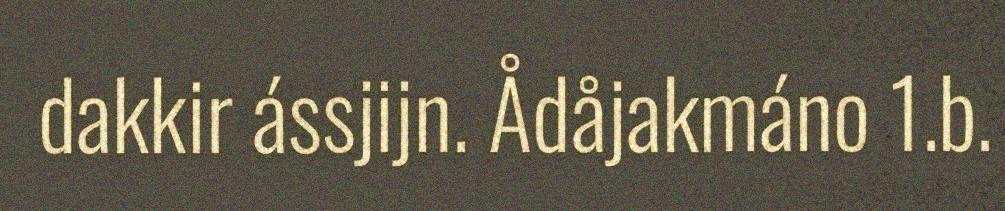
dakkir ássjijn. Ådåjakmáno 1.b.